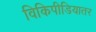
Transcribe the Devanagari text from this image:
विकिपीडियातर